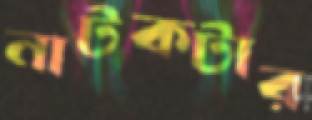
নাটকটার